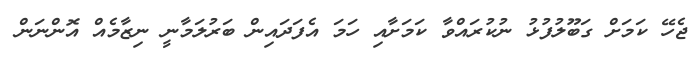
ޖެހޭ ކަމަށް ގަބޫލުފުޅު ނުކުރައްވާ ކަމަށާއި ހަމަ އެފަދައިން ބަރުލަމާނީ ނިޒާމެއް އޮންނަން